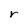
Character: r